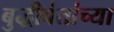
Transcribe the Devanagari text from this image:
बुद्धीवंतांच्या